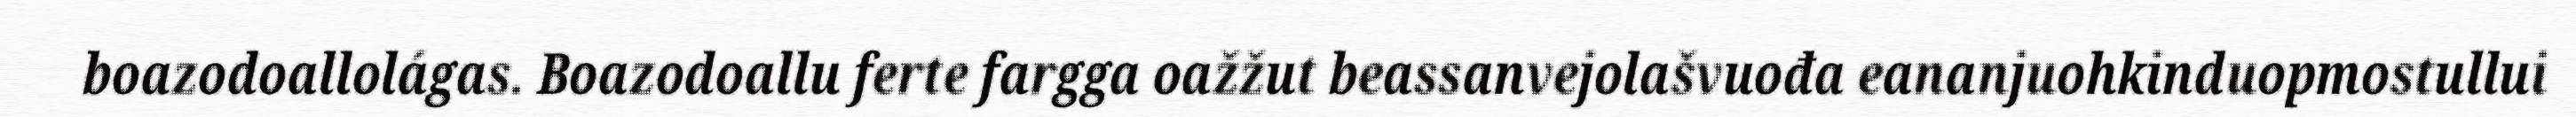
boazodoallolágas. Boazodoallu ferte fargga oažžut beassanvejolašvuođa eananjuohkinduopmostullui